Problem: 8 + 27 = ?
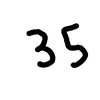
Handwritten answer: 35